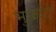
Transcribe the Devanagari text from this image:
भुकड़ी